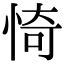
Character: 㥓